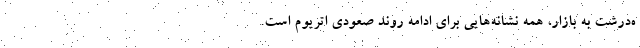
ه‌درشت به بازار، همه نشانه‌هایی برای ادامه روند صعودی اتریوم است.